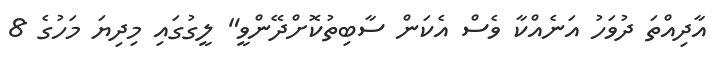
އާދިއްތަ ދުވަހު އަނެއްކާ ވެސް އެކަން ސާބިތުކޮށްދޭންވީ" ލީގުގައި މިދިޔަ މަހުގެ 8